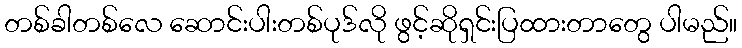
တစ်ခါတစ်လေ ဆောင်းပါးတစ်ပုဒ်လို ဖွင့်ဆိုရှင်းပြထားတာတွေ ပါမည်။